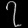
Digit: ၇